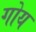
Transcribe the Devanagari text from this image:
गोय